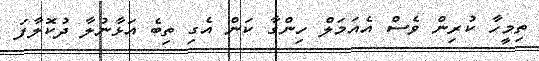
ތިމީހާ ކުރިން ވެސް އެއަމަލް ހިންގާ ކަން އެގި ތިބެ އަޅާނުުލާ ދުކޮލާފަ